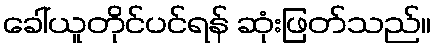
ခေါ်ယူတိုင်ပင်ရန် ဆုံးဖြတ်သည်။